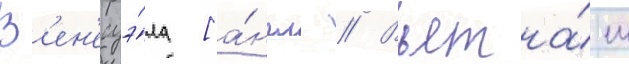
В'ен'есуэ́ла [а́нгл. // Вьетна́м